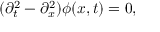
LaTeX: ( \partial _ { t } ^ { 2 } - \partial _ { x } ^ { 2 } ) \phi ( x , t ) = 0 ,